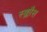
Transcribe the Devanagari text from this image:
स्क्लौस